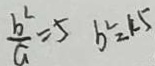
\frac { b ^ { 2 } } { a } = 5 b ^ { 2 } = 4 5